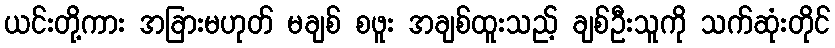
ယင်းတို့ကား အခြားမဟုတ် မချစ် စဖူး အချစ်ထူးသည့် ချစ်ဦးသူကို သက်ဆုံးတိုင်